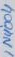
Text: IN4004